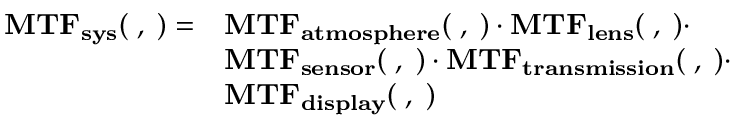
{ \begin{array} { r l } { \mathbf { M T F _ { s y s } ( \xi , \eta ) } = } & { \mathbf { M T F _ { a t m o s p h e r e } ( \xi , \eta ) \cdot M T F _ { l e n s } ( \xi , \eta ) \cdot } } \\ & { \mathbf { M T F _ { s e n s o r } ( \xi , \eta ) \cdot M T F _ { t r a n s m i s s i o n } ( \xi , \eta ) \cdot } } \\ & { \mathbf { M T F _ { d i s p l a y } ( \xi , \eta ) } } \end{array} }